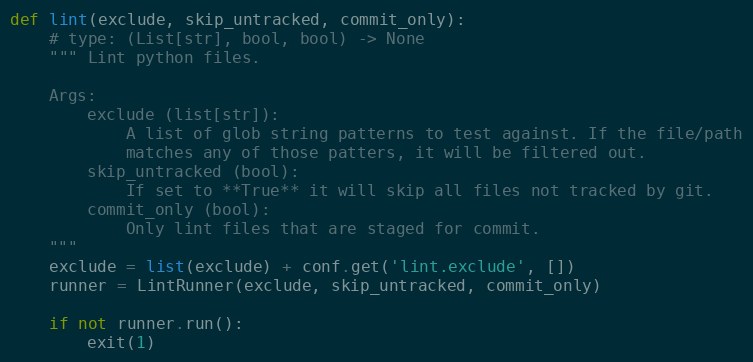
Language: Python
def lint(exclude, skip_untracked, commit_only):
    # type: (List[str], bool, bool) -> None
    """ Lint python files.

    Args:
        exclude (list[str]):
            A list of glob string patterns to test against. If the file/path
            matches any of those patters, it will be filtered out.
        skip_untracked (bool):
            If set to **True** it will skip all files not tracked by git.
        commit_only (bool):
            Only lint files that are staged for commit.
    """
    exclude = list(exclude) + conf.get('lint.exclude', [])
    runner = LintRunner(exclude, skip_untracked, commit_only)

    if not runner.run():
        exit(1)